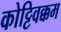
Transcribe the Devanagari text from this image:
कोट्टिवक्कम